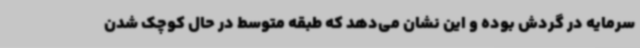
سرمایه در گردش بوده و این نشان می‌دهد که طبقه متوسط در حال کوچک شدن